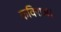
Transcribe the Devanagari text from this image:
कविराज।